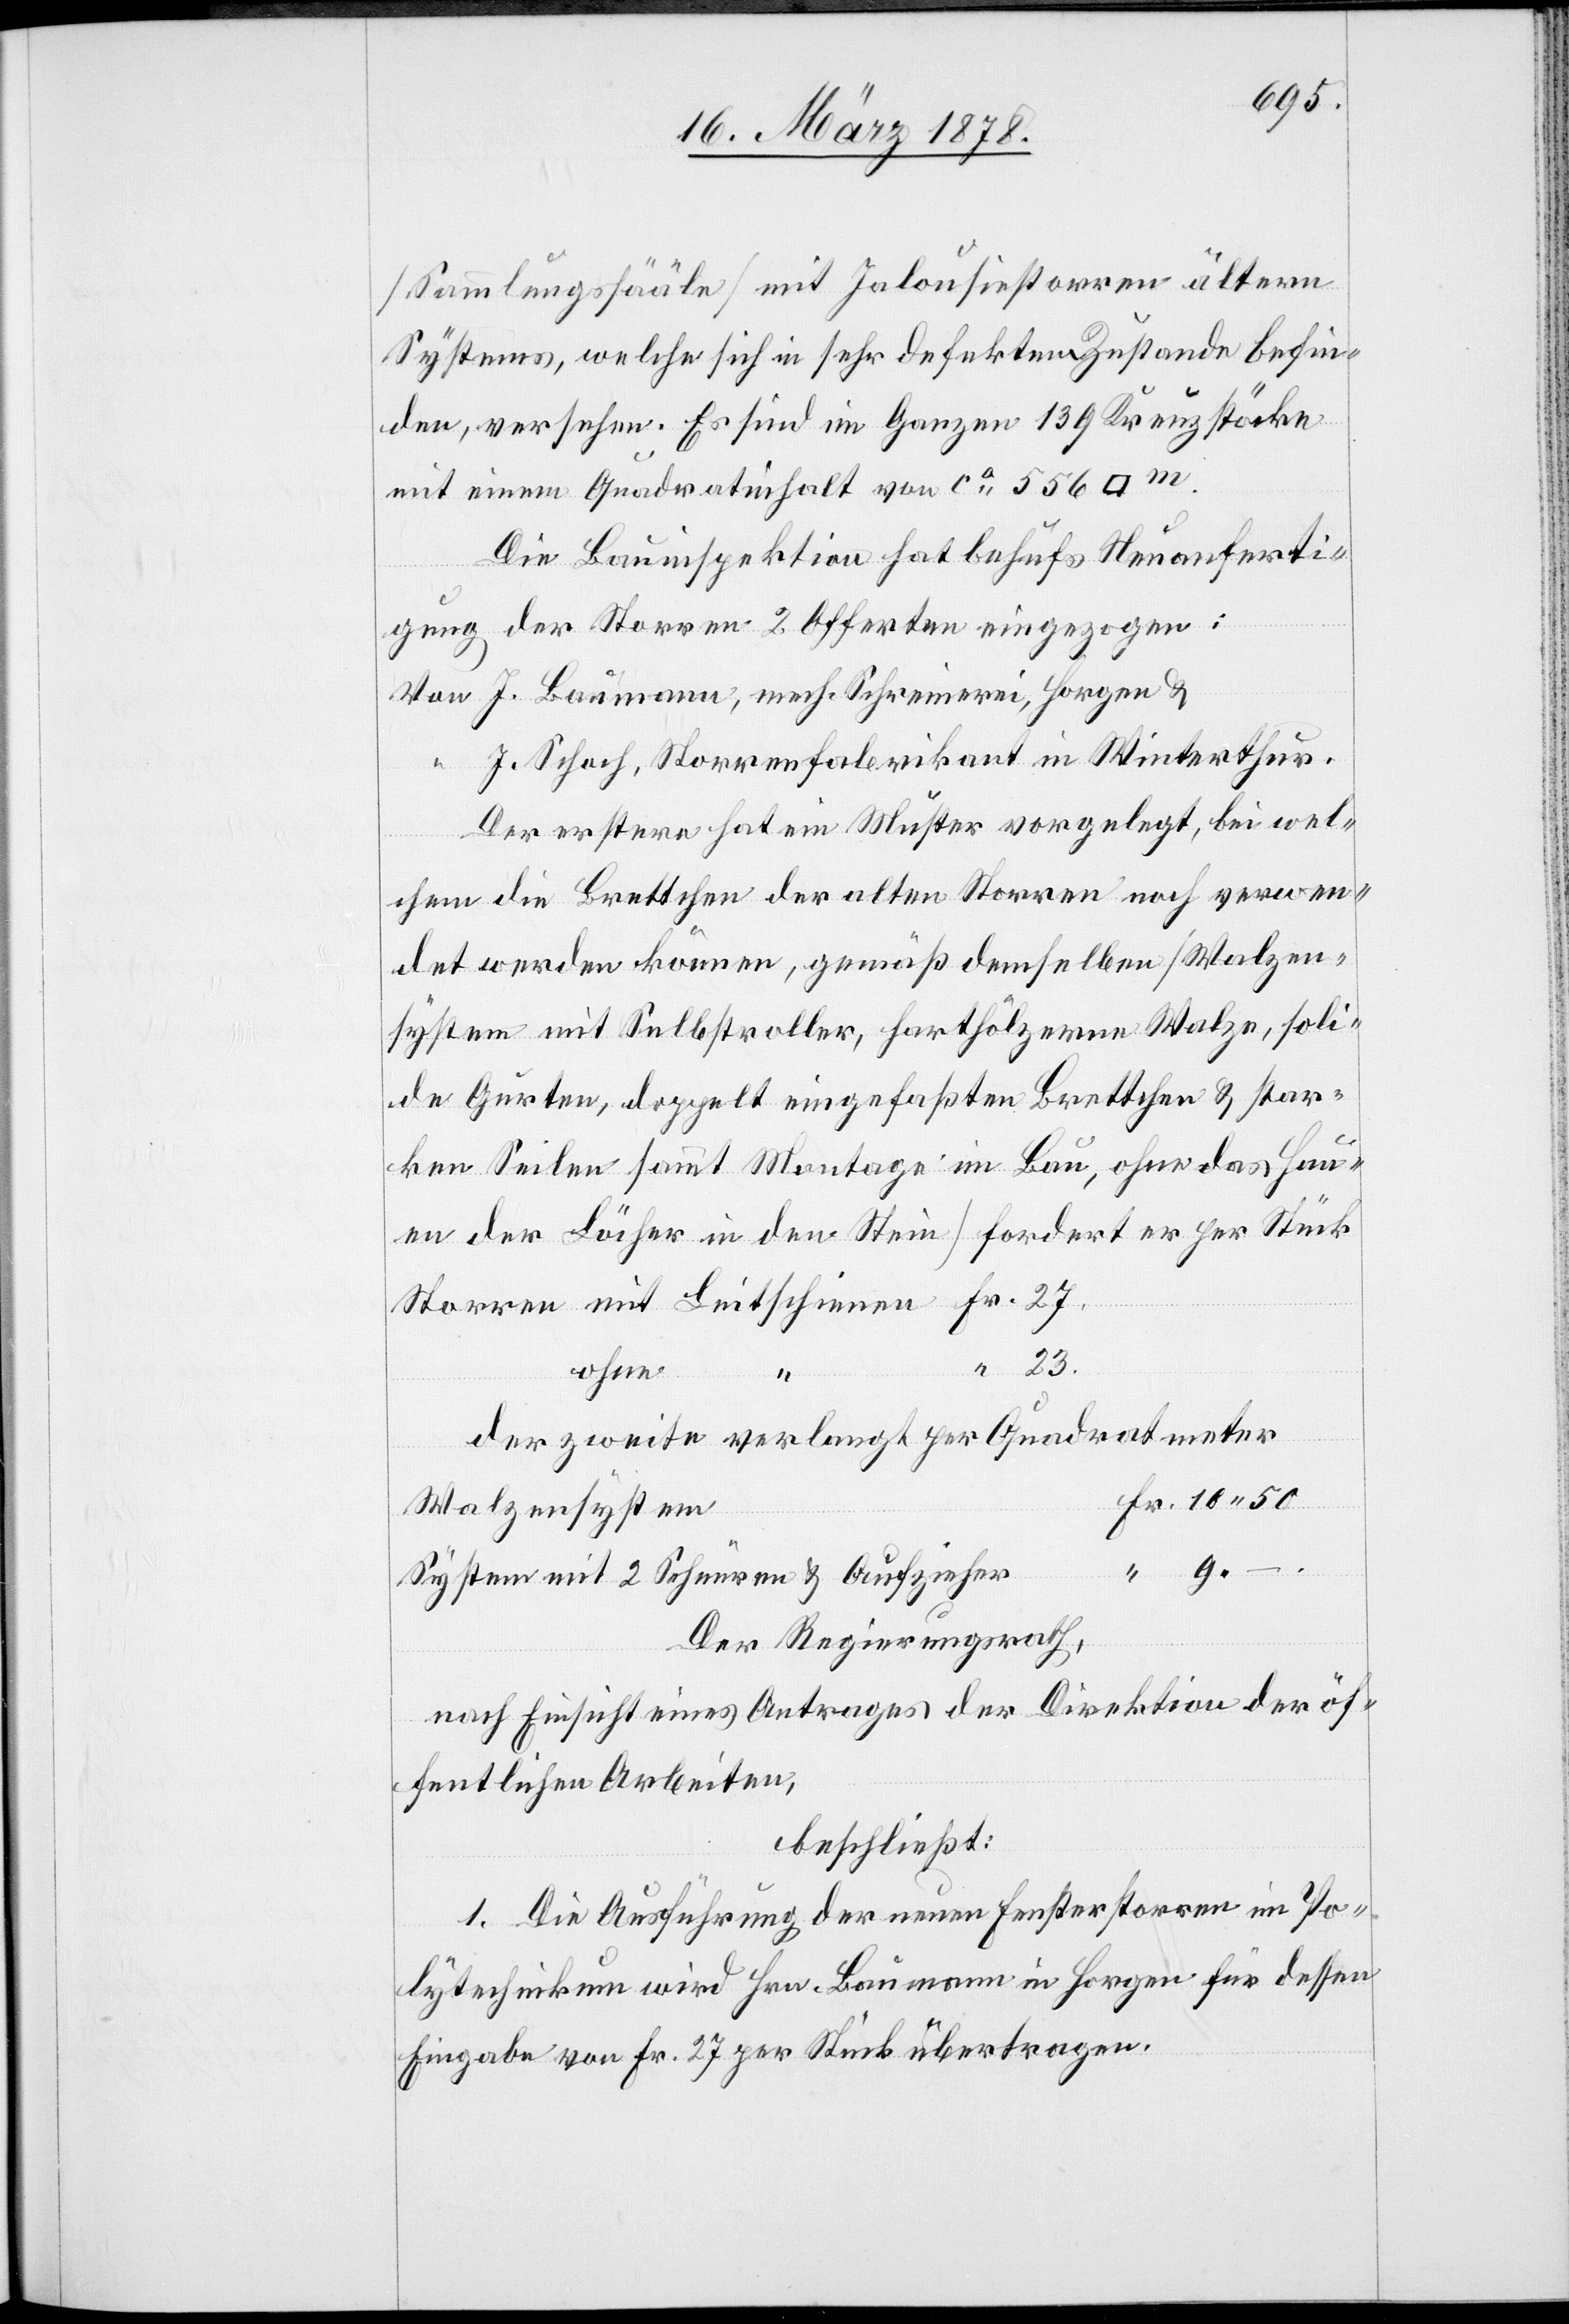
(Sammlungssääle) mit Jalousiestorren ältern
Systems, welche sich in sehr defektem Zustande befin¬
den, versehen. Es sind im Ganzen 139 Kreuzstöcke
mit einem Quadratinhalt von ca 556 [Quad¬
Die Bauinspektion hat behufs Neuanferti¬
gung der Storren 2 Offerten eingezogen:
Von J. Baumann, mech. Schreinerei, Horgen &
J. Schoch, Storrenfabrikant in Winterthur.
Der erstere hat ein Muster vorgelegt, bei wel¬
chem die Brettchen der alten Storren noch verwen¬
det werden können, gemäß denselben (Walzen¬
system mit Selbstroller, harthölzerne Walze, soli¬
de Gurten, doppelt eingefassten Brettchen & star¬
ken Seilen sammt Montage im Bau, ohne das Hau¬
en der Löcher in den Stein) fordert er per Stück
23.
ohne
Fr.
der zweite verlangt per Quadratmeter
Fr. 10. 50
Walzensystem
mit Leitschienen Fr.
System mit 2 Schnüren & Aufzieher
Der Regierungsrath,
nach Einsicht eines Antrages der Direktion der öf¬
fentlichen Arbeiten,
beschließt:
1. Die Ausführung der neuen Fensterstorren im Po¬
lytechnikum wird Hrn. Baumann in Horgen für dessen
Eingabe von Fr. 27 per Stück übertragen.